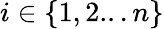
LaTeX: i\in\{ 1,2...n\}